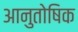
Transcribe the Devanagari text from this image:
आनुतोषिक